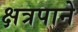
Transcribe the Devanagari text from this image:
क्षत्रपाने